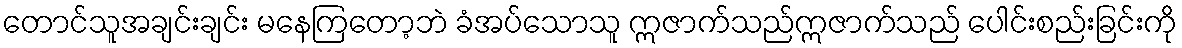
တောင်သူအချင်းချင်း မနေကြတော့ဘဲ ခံအပ်သောသူ ဣဇာက်သည်ဣဇာက်သည် ပေါင်းစည်းခြင်းကို